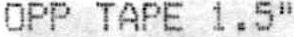
OPP TAPE 1.5"